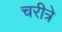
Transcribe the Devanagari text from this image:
चरीत्रे